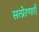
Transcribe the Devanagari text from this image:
सत्प्रेरणाएँ